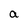
Character: a